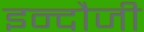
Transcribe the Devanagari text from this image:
इन्दौजी